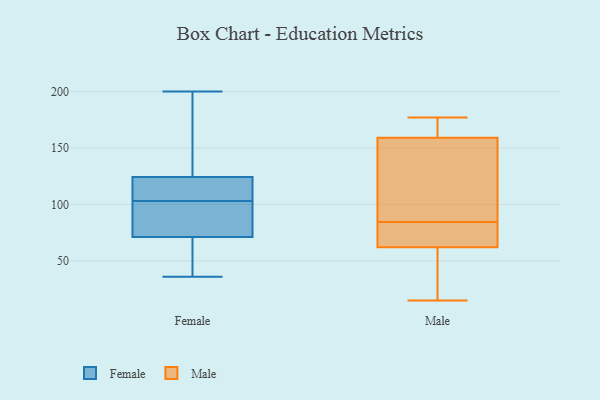
{"axis": {"x": "Operating Costs (USD K)", "y": "Value"}, "legend": ["Female", "Male"], "data": [{"x": "", "y": 84, "type": "Female"}, {"x": "", "y": 113, "type": "Female"}, {"x": "", "y": 153, "type": "Female"}, {"x": "", "y": 104, "type": "Female"}, {"x": "", "y": 93, "type": "Female"}, {"x": "", "y": 41, "type": "Female"}, {"x": "", "y": 200, "type": "Female"}, {"x": "", "y": 128, "type": "Female"}, {"x": "", "y": 103, "type": "Female"}, {"x": "", "y": 58, "type": "Female"}, {"x": "", "y": 105, "type": "Female"}, {"x": "", "y": 36, "type": "Female"}, {"x": "", "y": 93, "type": "Female"}, {"x": "", "y": 67, "type": "Female"}, {"x": "", "y": 190, "type": "Female"}, {"x": "", "y": 81, "type": "Male"}, {"x": "", "y": 101, "type": "Male"}, {"x": "", "y": 177, "type": "Male"}, {"x": "", "y": 62, "type": "Male"}, {"x": "", "y": 52, "type": "Male"}, {"x": "", "y": 168, "type": "Male"}, {"x": "", "y": 69, "type": "Male"}, {"x": "", "y": 159, "type": "Male"}, {"x": "", "y": 88, "type": "Male"}, {"x": "", "y": 15, "type": "Male"}]}